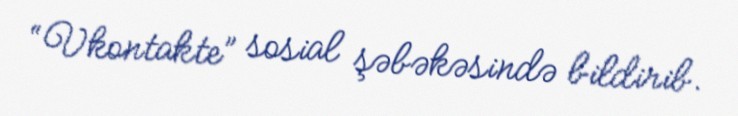
“Vkontakte” sosial şəbəkəsində bildirib.